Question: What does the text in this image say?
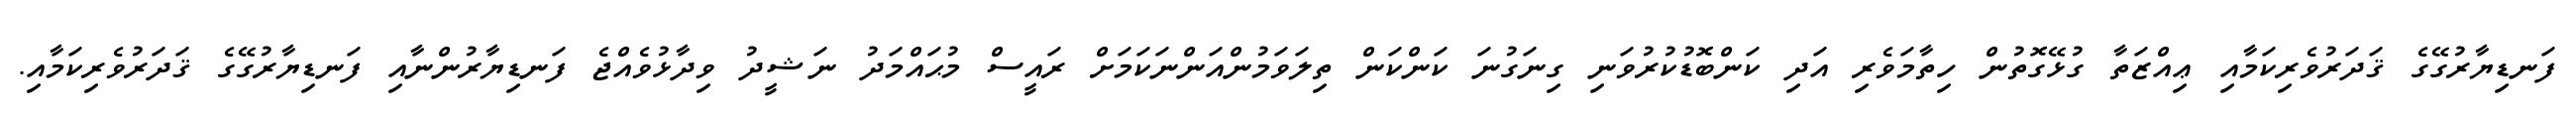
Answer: ފަނޑިޔާރުގޭގެ ޤަދަރުވެރިކަމާއި ޢިއްޒަތާ ގުޅޭގޮތުން ހިތާމަވެރި އަދި ކަންބޮޑުކުރުވަނި ގިނަގުނަ ކަންކަން ތިލަވަމުންއަންނަކަމަށް ރައީސް މުޙައްމަދު ނަޝީދު ވިދާޅުވެއްޖެ ފަނޑިޔާރުންނާއި ފަނޑިޔާރުގޭގެ ޤަދަރުވެރިކަމާއި.